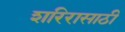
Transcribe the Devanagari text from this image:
शरिरासाठी